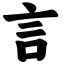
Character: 言